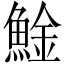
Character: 𩸱